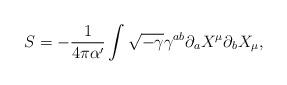
LaTeX: \begin{align*}S = -\frac{1}{4 \pi \alpha'} \int \sqrt{-\gamma} \gamma^{ab}\partial_a X^\mu \partial_b X_\mu,\end{align*}